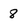
Character: 8